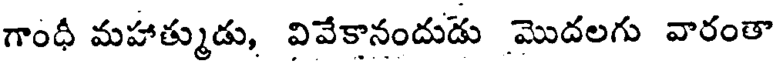
గాంధీ మహాత్ముడు, వివేకానందుడు మొదలగు వారంతా